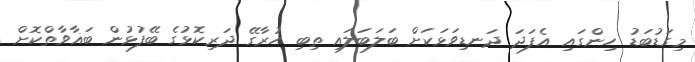
މިގަޑުބަޑު ހިންގައި އެފަދަ ދަނޑިވަޅަކަށް ބަލަބަލައި ތިބި ހުރާގޭ ދަރިކޮޅުގެ ބޭފުޅުން ބަޣާވާތްކޮށް